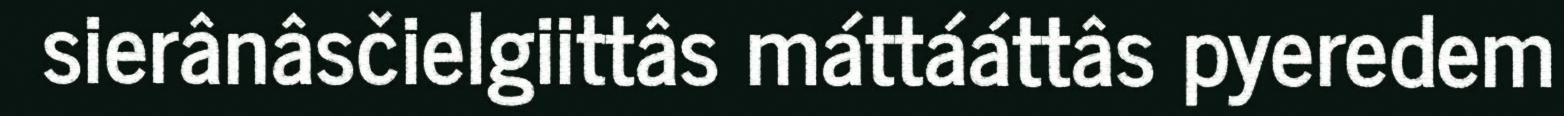
sierânâsčielgiittâs máttááttâs pyeredem